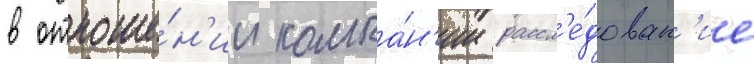
в отноше́н'ии компа́н'ии рассл'е́дован'ие